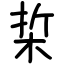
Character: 梊